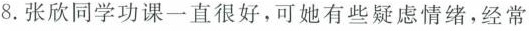
8.张欣同学功课一直很好，可她有些疑虑情绪，经常